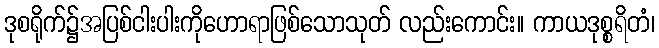
ဒုစရိုက်၌အပြစ်ငါးပါးကိုဟောရာဖြစ်သောသုတ် လည်းကောင်း။ ကာယဒုစ္စရိတံ၊